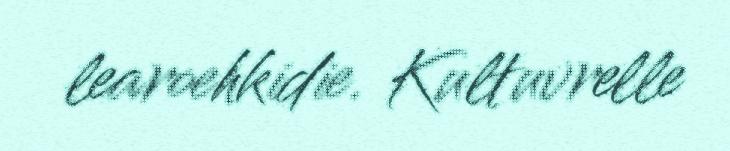
learoehkidie. Kultuvrelle